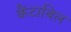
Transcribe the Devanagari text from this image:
कैंटाबिल